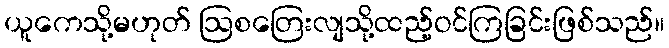
ယူကေသို့မဟုတ် ဩစတြေးလျသို့ထည့်ဝင်ကြခြင်းဖြစ်သည်။